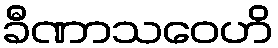
ခီဏာသဝေဟိ